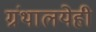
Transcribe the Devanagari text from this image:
ग्रंथालयेही